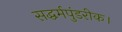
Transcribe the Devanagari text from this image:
सद्धर्मपुंडरीक।